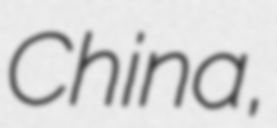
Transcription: China,